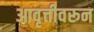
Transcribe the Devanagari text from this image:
आवृत्तीवरून